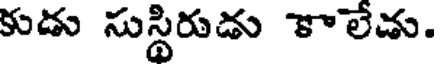
కుడు సుస్థిరుడు కాలేచు.